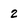
Character: 2